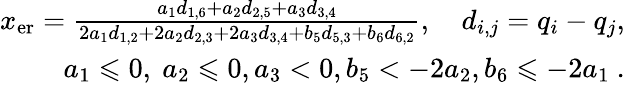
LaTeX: \begin{array}{r}{x_{\mathrm{er}}=\frac{a_{1}d_{1,6}+a_{2}d_{2,5}+a_{3}d_{3,4}}{2a_{1}d_{1,2}+2a_{2}d_{2,3}+2a_{3}d_{3,4}+b_{5}d_{5,3}+b_{6}d_{6,2}},\ \ \ \ d_{i,j}=q_{i}-q_{j},}\\ {a_{1}\leqslant 0,\ a_{2}\leqslant 0,a_{3}<0,b_{5}<-2a_{2},b_{6}\leqslant-2a_{1}\ .}\end{array}